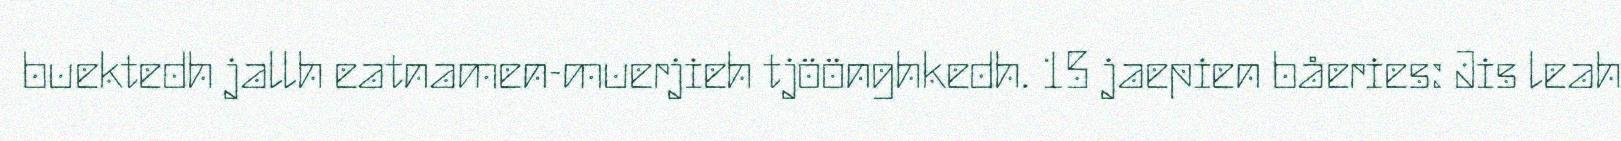
buektedh jallh eatnamen-muerjieh tjöönghkedh. 15 jaepien båeries: Jis leah